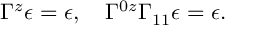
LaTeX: \Gamma ^ { z } \epsilon = \epsilon , \quad \Gamma ^ { 0 z } \Gamma _ { 1 1 } \epsilon = \epsilon .